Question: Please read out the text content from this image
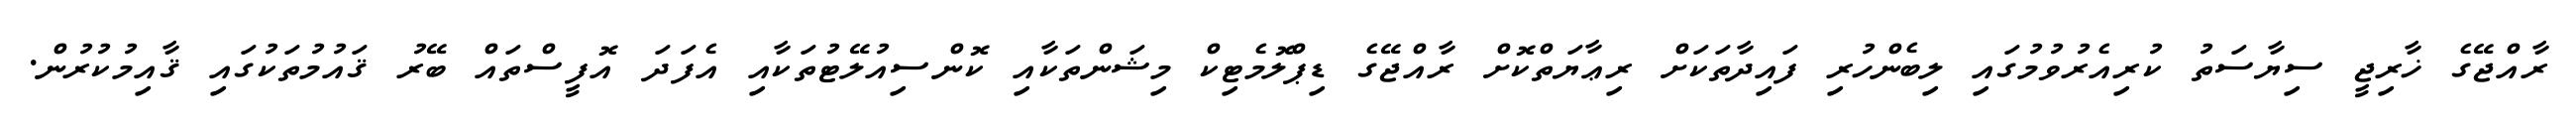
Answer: ރާއްޖޭގެ ޚާރިޖީ ސިޔާސަތު ކުރިއެރުވުމުގައި ލިބެންހުރި ފައިދާތަކަށް ރިޢާޔަތްކޮށް ރާއްޖޭގެ ޑިޕްލޮމެޓިކް މިޝަންތަކާއި ކޮންސިއުލޭޓުތަކާއި އެފަދަ އޮފީސްތައް ބޭރު ޤައުމުތަކުގައި ޤާއިމުކުރުން.